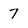
Character: 7